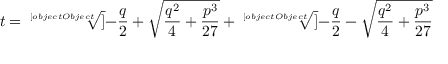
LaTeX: t = { \sqrt [ [object Object] ] { - { \frac { q } { 2 } } + { \sqrt { { \frac { q ^ { 2 } } { 4 } } + { \frac { p ^ { 3 } } { 2 7 } } } } } } + { \sqrt [ [object Object] ] { - { \frac { q } { 2 } } - { \sqrt { { \frac { q ^ { 2 } } { 4 } } + { \frac { p ^ { 3 } } { 2 7 } } } } } }